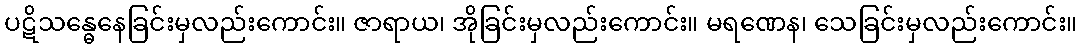
ပဋိသန္ဓေနေခြင်းမှလည်းကောင်း။ ဇာရာယ၊ အိုခြင်းမှလည်းကောင်း။ မရဏေန၊ သေခြင်းမှလည်းကောင်း။